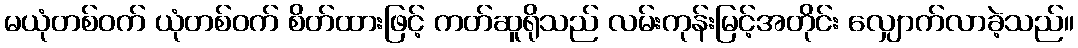
မယုံတစ်ဝက် ယုံတစ်ဝက် စိတ်ထားဖြင့် ကတ်ဆူရိုသည် လမ်းကုန်းမြင့်အတိုင်း လျှောက်လာခဲ့သည်။